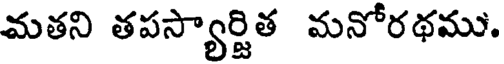
మతని తపస్యార్జిత మనోరథము.